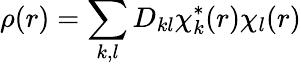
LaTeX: \rho(r)=\sum_{k,l}D_{kl}\chi_{k}^{*}(r)\chi_{l}(r)